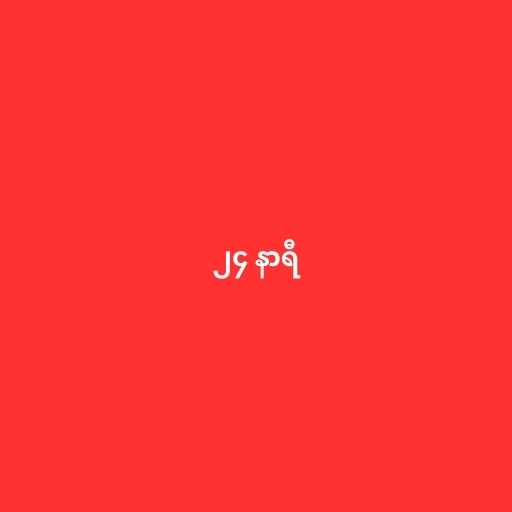
၂၄ နာရီ